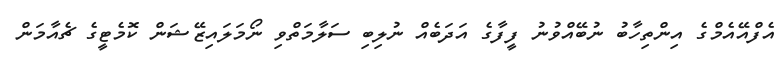
އެފްއޭއެމްގެ އިންތިހާބު ނުބޭއްވުނު ފީފާގެ އަދަބެއް ނުލިބި ސަލާމަތްވި ނޯމަލައިޒޭޝަން ކޮމެޓީގެ ޗެއާމަން